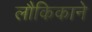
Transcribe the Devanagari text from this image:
लौकिकाने